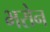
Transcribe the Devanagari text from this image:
भरोन